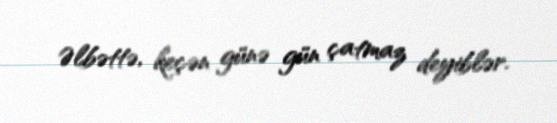
Əlbəttə, keçən günə gün çatmaz deyiblər.